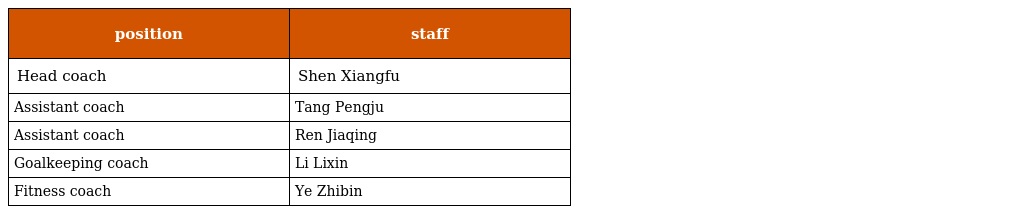
| position | staff |
 | --- | --- |
 | Head coach | Shen Xiangfu |
 | Assistant coach | Tang Pengju |
 | Assistant coach | Ren Jiaqing |
 | Goalkeeping coach | Li Lixin |
 | Fitness coach | Ye Zhibin |